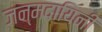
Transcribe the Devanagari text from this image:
जन्मदायिनी